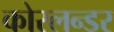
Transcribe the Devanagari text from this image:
कोरलन्डर